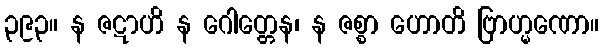
၃၉၃။ န ဇဋာဟိ န ဂေါတ္တေန၊ န ဇစ္စာ ဟောတိ ဗြာဟ္မဏော။